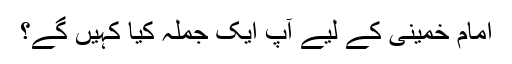
امام خمینی کے لیے آپ ایک جملہ کیا کہیں گے؟